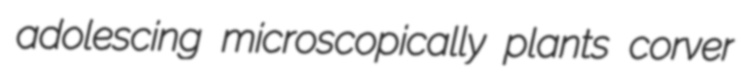
adolescing microscopically plants corver